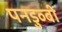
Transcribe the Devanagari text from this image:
पनडुव्बी